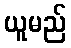
ယူမည်